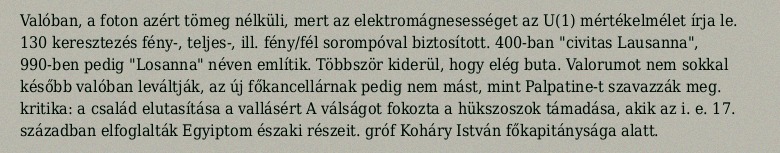
Valóban, a foton azért tömeg nélküli, mert az elektromágnesességet az U(1) mértékelmélet írja le. 130 keresztezés fény-, teljes-, ill. fény/fél sorompóval biztosított. 400-ban "civitas Lausanna", 990-ben pedig "Losanna" néven említik. Többször kiderül, hogy elég buta. Valorumot nem sokkal később valóban leváltják, az új főkancellárnak pedig nem mást, mint Palpatine-t szavazzák meg. kritika: a család elutasítása a vallásért A válságot fokozta a hükszoszok támadása, akik az i. e. 17. században elfoglalták Egyiptom északi részeit. gróf Koháry István főkapitánysága alatt.